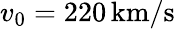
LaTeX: v_{0}=220\, \mathrm{km}/\mathrm{s}